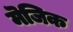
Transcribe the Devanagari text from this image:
मॆजिक